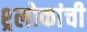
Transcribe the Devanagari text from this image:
श्र्लोकांची